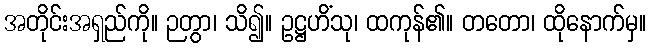
အတိုင်းအရှည်ကို။ ဉတွာ၊ သိ၍။ ဥဋ္ဌဟိံသု၊ ထကုန်၏။ တတော၊ ထိုနောက်မှ။